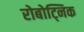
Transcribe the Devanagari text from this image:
रोबोट्निक